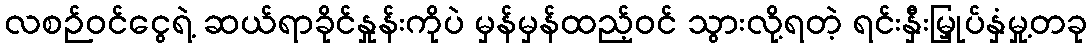
လစဉ်ဝင်ငွေရဲ့ ဆယ်ရာခိုင်နှုန်းကိုပဲ မှန်မှန်ထည့်ဝင် သွားလို့ရတဲ့ ရင်းနှီးမြှုပ်နှံမှု့တခု